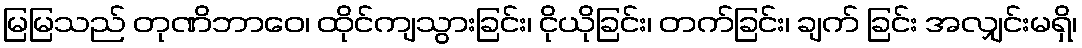
မြမြသည် တုဏိဘာဝေ၊ ထိုင်ကျသွားခြင်း၊ ငိုယိုခြင်း၊ တက်ခြင်း၊ ချက် ခြင်း အလျှင်းမရှိ၊